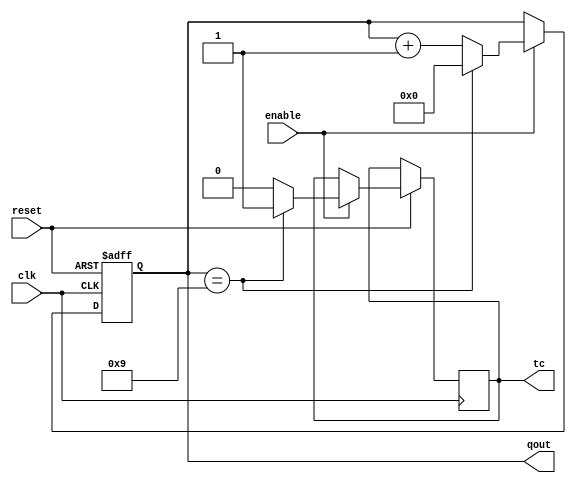
module hw7_modNcounter(qout, tc, enable, reset, clk);
	parameter n = 10;
	parameter m = 4;
	output tc;
	output [m-1:0] qout;
	input enable, reset, clk;
	reg [m-1:0] qout;
	reg tc;
	
	always @(posedge clk, negedge reset) begin
		if (~reset) qout <= 0;
		else if (enable) begin
			if (qout == n-1) begin
				qout <= 0;
				tc <= 1;
			end
			else begin
				qout <= qout + 1;
				tc <= 0;
			end
		end
	end

endmodule